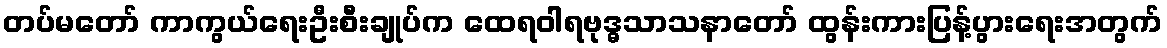
တပ်မတော် ကာကွယ်ရေးဦးစီးချုပ်က ထေရဝါရဗုဒ္ဓသာသနာတော် ထွန်းကားပြန့်ပွားရေးအတွက်